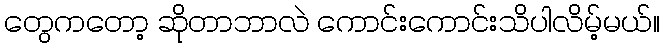
တွေကတော့ ဆိုတာဘာလဲ ကောင်းကောင်းသိပါလိမ့်မယ်။